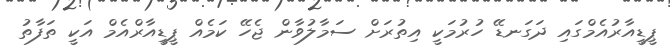
ޕީޑީއާރުއެމްގައި ދަގަނޑޭ ހުރުމަކީ އިތުރަށް ސަމާލުވާން ޖެހޭ ކަމެއް ޕީޑީއާރްއެމް އަކީ ތަފާތު